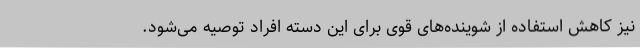
نیز کاهش استفاده از شوینده‌های قوی برای این دسته افراد توصیه می‌شود.